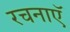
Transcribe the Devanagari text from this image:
रचनाएॅ